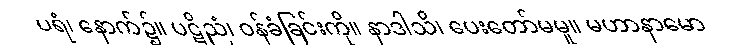
ပရံ၊ နောက်၌။ ပဋိညံ၊ ဝန်ခံခြင်းကို။ နာဒါသိ၊ ပေးတော်မမူ။ မဟာနာမော